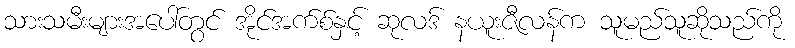
သားသမီးများအပေါ်တွင် အိုင်အက်စ်နှင့် ဆုလဒ် နယူးဇီလန်က သူမည်သူဆိုသည်ကို